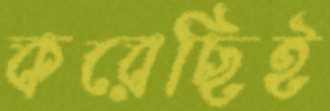
করেছিই